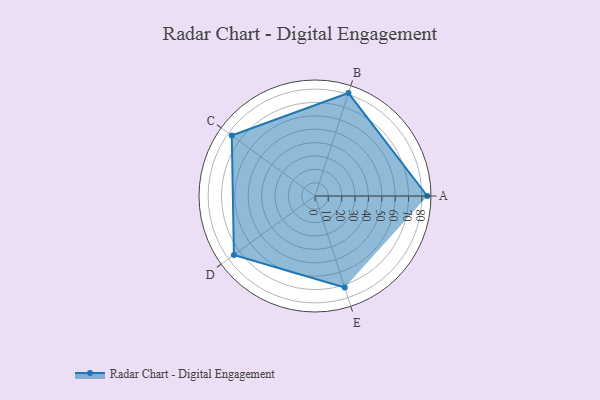
{"axis": {"x": "Skill", "y": "Score"}, "legend": ["Profile"], "data": [{"x": "A", "y": 84.0, "type": "Profile"}, {"x": "B", "y": 81.0, "type": "Profile"}, {"x": "C", "y": 77.0, "type": "Profile"}, {"x": "D", "y": 75.0, "type": "Profile"}, {"x": "E", "y": 72.0, "type": "Profile"}]}